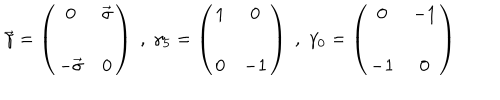
\vec { \gamma } = \left( \begin{array} { c c } { { 0 } } & { { \vec { \sigma } } } \\ { { - \vec { \sigma } } } & { { 0 } } \\ \end{array} \right) \; , \; \gamma _ { 5 } = \left( \begin{array} { c c } { { 1 } } & { { 0 } } \\ { { 0 } } & { { - 1 } } \\ \end{array} \right) \; , \; \gamma _ { 0 } = \left( \begin{array} { c c } { { 0 } } & { { - 1 } } \\ { { - 1 } } & { { 0 } } \\ \end{array} \right)